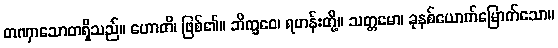
တဏှာသောတရှိသည်။ ဟောတိ၊ ဖြစ်၏။ ဘိက္ခဝေ၊ ရဟန်းတို့။ သတ္တမော၊ ခုနစ်ယောက်မြောက်သော။